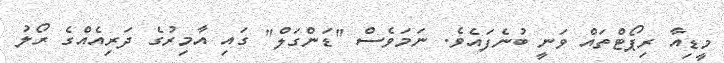
މީޑިއާ ރިޕޯޓްތައް ވަނީ ބުނެފައެވެ. ނަމަވެސް "ޑަންގަލް" ގައި އާމިރުގެ ދަރިއެއްގެ ރޯލު